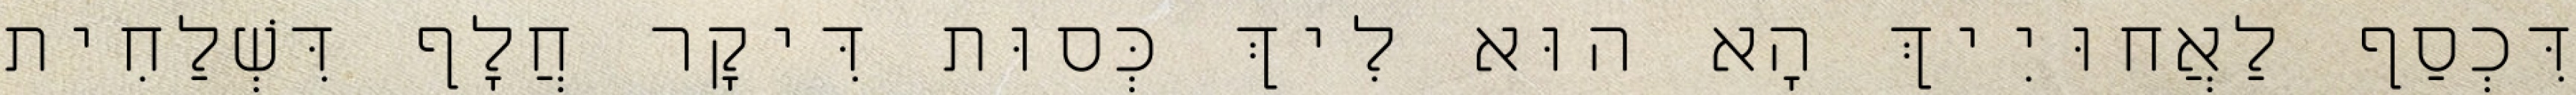
דִּכְסַף לַאֲחוּיִיךְ הָא הוּא לִיךְ כְּסוּת דִּיקָר חֲלָף דִּשְׁלַחִית